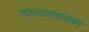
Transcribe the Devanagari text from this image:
बालालाइका